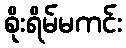
စိုးရိမ်မကင်း